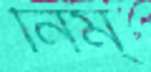
নিম্